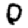
Digit: 0